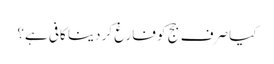
کیا صرف جج کو فارغ کر دینا کافی ہے؟